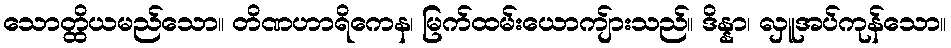
သောတ္ထိယမည်သော။ တိဏဟာရိကေန၊ မြက်ထမ်းယောကျ်ားသည်။ ဒိန္နာ၊ လှူအပ်ကုန်သော။